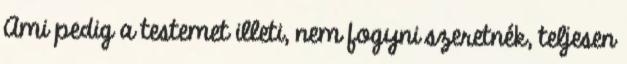
Ami pedig a testemet illeti, nem fogyni szeretnék, teljesen